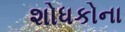
શોધકોના